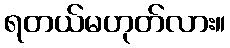
ရတယ်မဟုတ်လား။